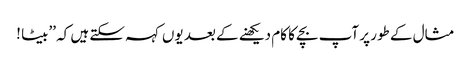
مثال کے طور پر آپ بچے کا کام دیکھنے کے بعد یوں کہہ سکتے ہیں کہ ’’بیٹا !